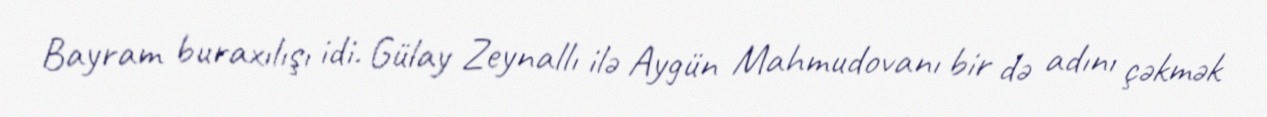
Bayram buraxılışı idi. Gülay Zeynallı ilə Aygün Mahmudovanı bir də adını çəkmək